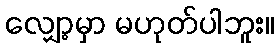
လျှော့မှာ မဟုတ်ပါဘူး။